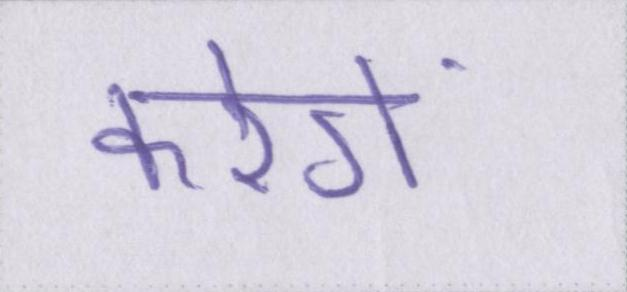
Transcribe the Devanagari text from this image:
करेगें